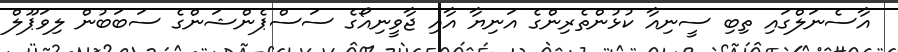
އާސެނަލްގައި ތިބި ސީނިއާ ކުޅުންތެރިންގެ އަނިޔާ އާއި ޖާވީނިއޯގެ ސަސްޕެންޝަންގެ ސަބަބުން ލިވަޕޫލް